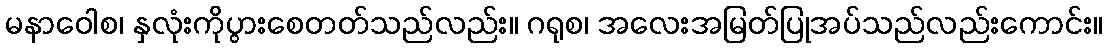
မနာဝေါစ၊ နှလုံးကိုပွားစေတတ်သည်လည်း။ ဂရုစ၊ အလေးအမြတ်ပြုအပ်သည်လည်းကောင်း။